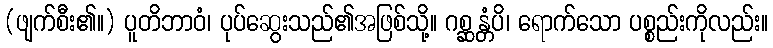
(ဖျက်စီး၏။) ပူတိဘာဝံ၊ ပုပ်ဆွေးသည်၏အဖြစ်သို့။ ဂစ္ဆန္တံပိ၊ ရောက်သော ပစ္စည်းကိုလည်း။